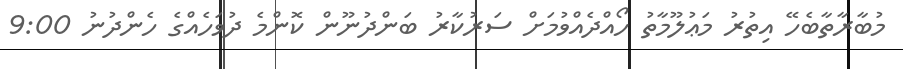
މުބާރާތާބެހޭ އިތުރު މަޢުލޫމާތު ހޯއްދެއްވުމަށް ސަރުކާރު ބަންދުނޫން ކޮންމެ ދުވަހެއްގެ ހެންދުނު 9:00